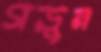
গড়ুন